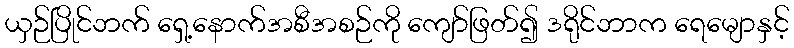
ယှဉ်ပြိုင်ဘက် ရှေ့နောက်အစီအစဉ်ကို ကျော်ဖြတ်၍ ဒရိုင်ဘာက ရေမျောနှင့်